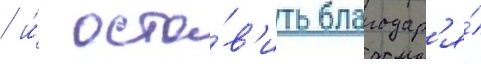
/ и́ оста́в'ить благодар'я́